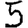
Digit: 5